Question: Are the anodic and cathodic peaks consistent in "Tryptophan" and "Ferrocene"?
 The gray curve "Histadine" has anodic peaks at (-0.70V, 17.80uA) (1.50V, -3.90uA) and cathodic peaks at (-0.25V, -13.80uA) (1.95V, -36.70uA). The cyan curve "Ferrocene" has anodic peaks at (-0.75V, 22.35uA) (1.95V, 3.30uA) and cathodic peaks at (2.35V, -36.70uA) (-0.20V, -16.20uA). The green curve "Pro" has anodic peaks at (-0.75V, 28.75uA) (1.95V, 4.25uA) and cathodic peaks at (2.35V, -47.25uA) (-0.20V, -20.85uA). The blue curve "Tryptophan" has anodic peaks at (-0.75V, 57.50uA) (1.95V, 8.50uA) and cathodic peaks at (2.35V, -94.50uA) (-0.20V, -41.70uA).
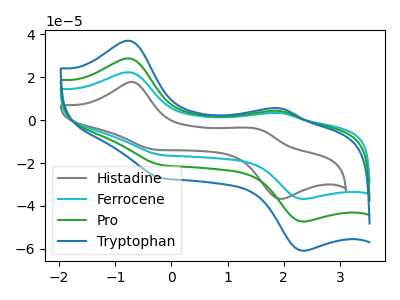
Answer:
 <answer>Yes, "Tryptophan" have a peak in "Ferrocene" at the same potential.</answer>
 <eval>match</eval>